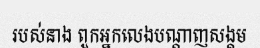
របស់នាង ពួកអ្នកលេងបណ្តាញសង្គម